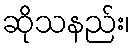
ဆိုသနည်း၊